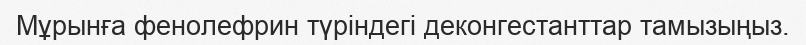
Мұрынға фенолефрин түріндегі деконгестанттар тамызыңыз.